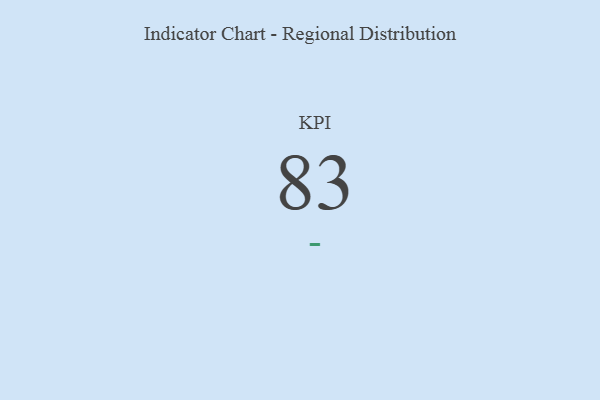
{"axis": {"x": "KPI", "y": "Value"}, "legend": [""], "data": [{"x": "KPI", "y": 83, "type": ""}]}